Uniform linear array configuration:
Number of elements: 24
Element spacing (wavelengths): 0.5
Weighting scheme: uniform
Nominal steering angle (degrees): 60
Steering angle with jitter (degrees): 61.363
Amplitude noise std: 0.05
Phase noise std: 0.05

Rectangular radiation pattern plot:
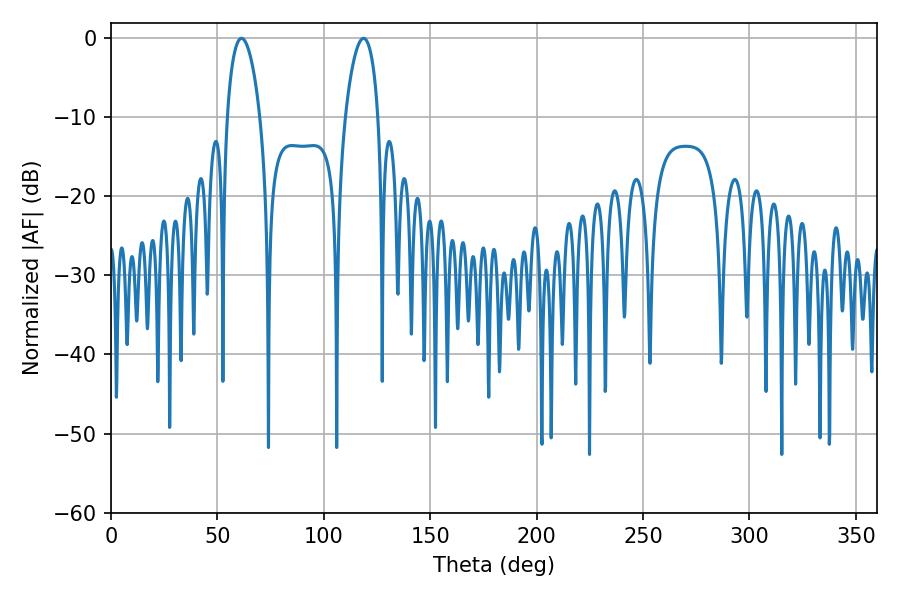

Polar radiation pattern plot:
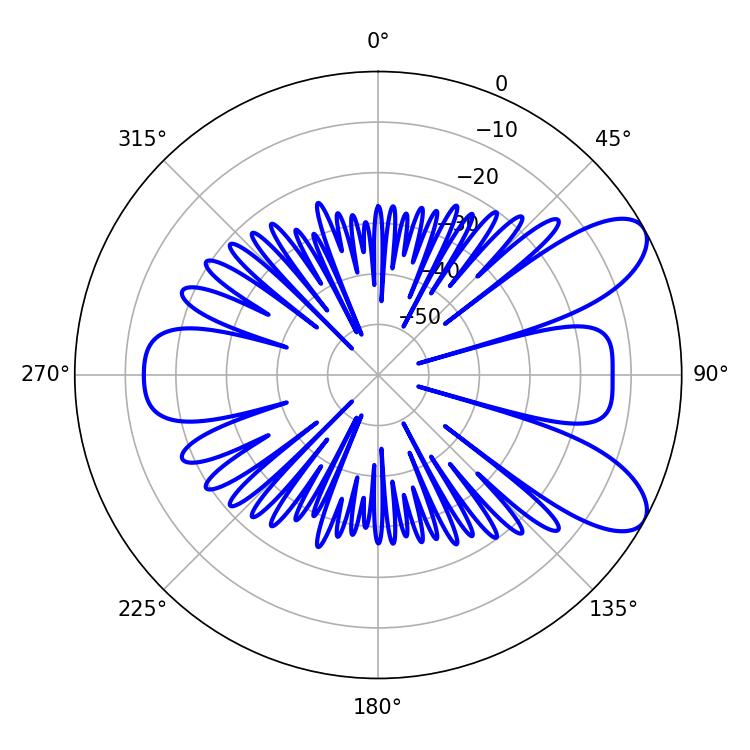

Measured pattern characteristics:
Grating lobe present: FALSE
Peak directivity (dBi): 8.457
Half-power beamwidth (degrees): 8.82
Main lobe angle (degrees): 61.38